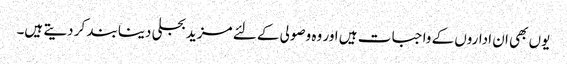
یوں بھی ان اداروں کے واجبات ہیں اور وہ وصولی کے لئے مزید بجلی دینا بند کر دیتے ہیں۔